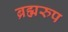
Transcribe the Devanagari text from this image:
ब्रह्मरुप